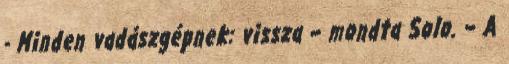
- Minden vadászgépnek: vissza – mondta Solo. – A